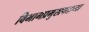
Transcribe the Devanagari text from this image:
विभागप्रमुखपदाच्या